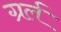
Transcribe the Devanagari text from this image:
ग्रर्ल